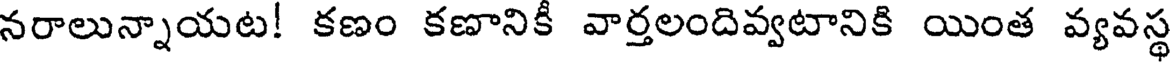
నరాలున్నాయట! కణం కణానికీ వార్తలందివ్వటానికి యింత వ్యవస్థ